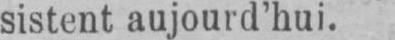
sistent aujourd’hui.